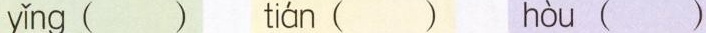
y\check{i}ng ( ) ti\acute{a}n ( ) h\grave{o}u ( )